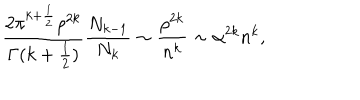
\frac { 2 \pi ^ { k + \frac { 1 } { 2 } } \rho ^ { 2 k } } { \Gamma ( k + \frac { 1 } { 2 } ) } \frac { N _ { k - 1 } } { N _ { k } } \sim \frac { \rho ^ { 2 k } } { n ^ { k } } \sim \alpha ^ { 2 k } n ^ { k } ,